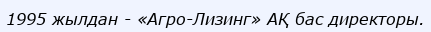
1995 жылдан - «Агро-Лизинг» АҚ бас директоры.